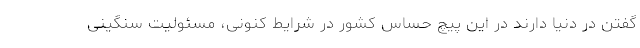
گفتن در دنیا دارند در این پیچ حساس کشور در شرایط کنونی، مسئولیت سنگینی